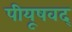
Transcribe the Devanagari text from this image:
पीयूषवद्